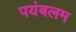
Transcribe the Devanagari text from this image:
पयंबलम